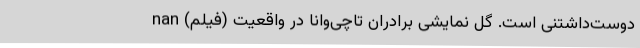
دوست‌داشتنی است. گل نمایشی برادران تاچی‌وانا در واقعیت (فیلم) nan